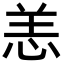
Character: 恙